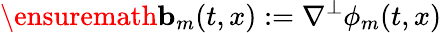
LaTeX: \ensuremath{\mathbf{b}}_{m}(t,x):=\nabla^{\perp}\phi_{m}(t,x)